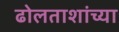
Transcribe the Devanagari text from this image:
ढोलताशांच्या